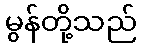
မွန်တို့သည်